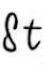
\(\&t\)